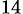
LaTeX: _{14}